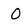
Character: O